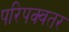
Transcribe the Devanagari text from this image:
परिपक्वतर